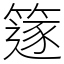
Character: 篴